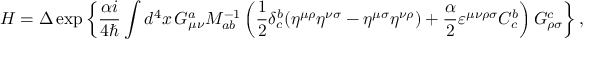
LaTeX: H = \Delta \exp \left\{ \frac { \alpha i } { 4 \hbar } \int d ^ { 4 } x \, G _ { \mu \nu } ^ { a } { \cal M } _ { a b } ^ { - 1 } \left( \frac { 1 } { 2 } \delta _ { c } ^ { b } ( \eta ^ { \mu \rho } \eta ^ { \nu \sigma } - \eta ^ { \mu \sigma } \eta ^ { \nu \rho } ) + \frac { \alpha } { 2 } \varepsilon ^ { \mu \nu \rho \sigma } { \cal C } _ { c } ^ { b } \right) G _ { \rho \sigma } ^ { c } \right\} ,